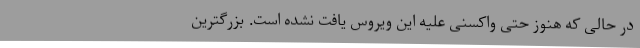
در حالی که هنوز حتی واکسنی علیه این ویروس یافت نشده است. بزرگترین